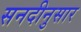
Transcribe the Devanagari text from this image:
सनदीनुसार